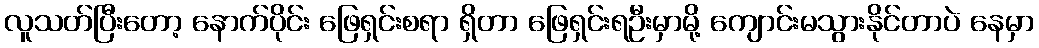
လူသတ်ပြီးတော့ နောက်ပိုင်း ဖြေရှင်းစရာ ရှိတာ ဖြေရှင်းရဦးမှာမို့ ကျောင်းမသွားနိုင်တာပဲ နေမှာ